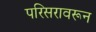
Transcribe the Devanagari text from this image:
परिसरावरून